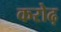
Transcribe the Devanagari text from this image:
करोढ़